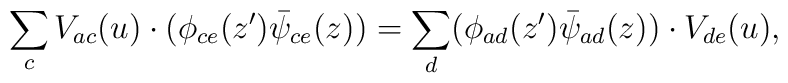
\sum_{c} V_{ac}(u)\cdot (\phi _{ce}(z')\bar{\psi}_{ce}(z))=\sum_{d} (\phi _{ad}(z')\bar{\psi}_{ad}(z))\cdot V_{de}(u),